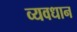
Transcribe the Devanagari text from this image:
व्‍यवधान